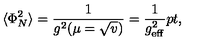
\langle \Phi _ { N } ^ { 2 } \rangle = { \frac { 1 } { g ^ { 2 } ( \mu = \sqrt { v } ) } } = { \frac { 1 } { g _ { \mathrm { e f f } } ^ { 2 } } } \raise 2 p t \mathrm { , }